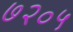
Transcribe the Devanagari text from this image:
७२०५